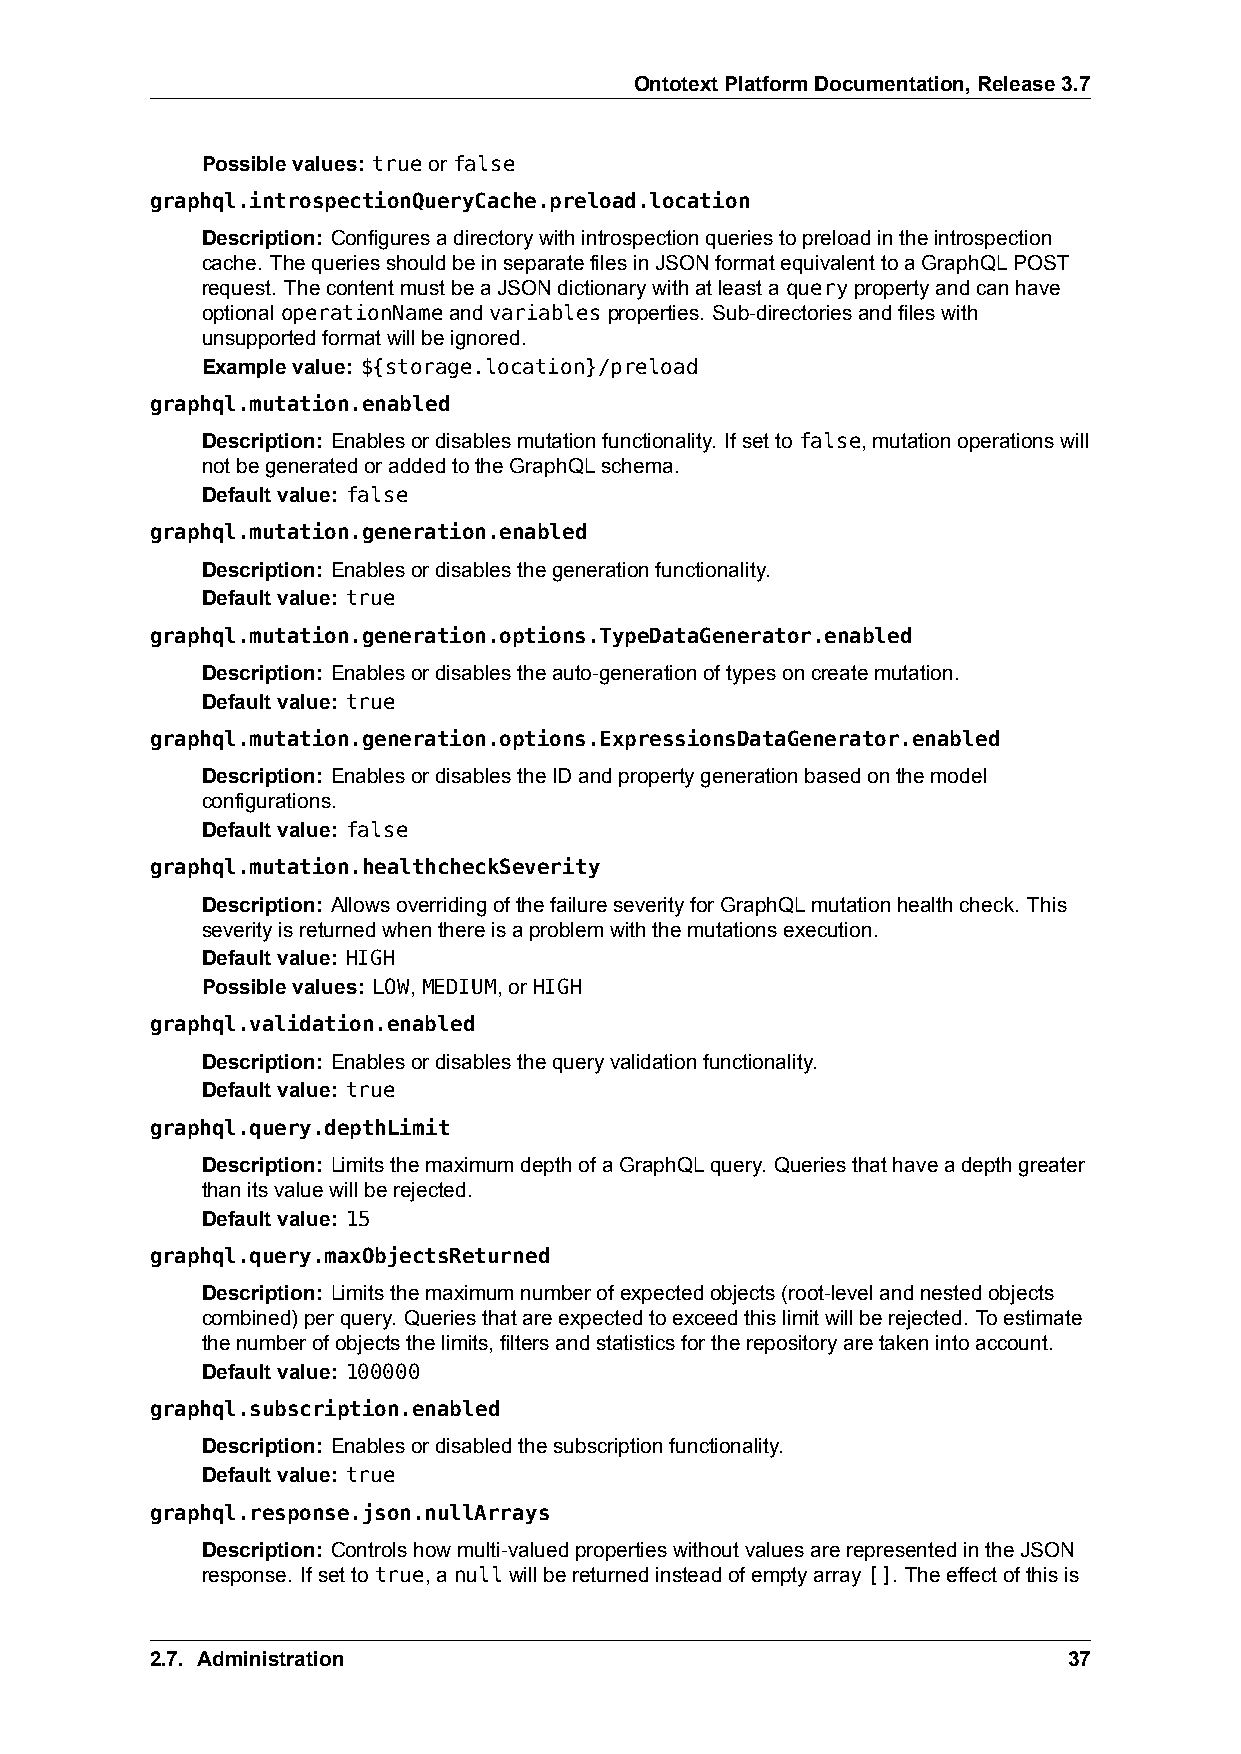
OntotextPlatformDocumentation,Release3.7
 Possiblevalues: trueorfalse
 graphql.introspectionQueryCache.preload.location
 Description: Configuresadirectorywithintrospectionqueriestopreloadintheintrospection
 cache. ThequeriesshouldbeinseparatefilesinJSONformatequivalenttoaGraphQLPOST
 request. ThecontentmustbeaJSONdictionarywithatleastаquerypropertyandcanhave
 optionaloperationNameandvariablesproperties. Sub-directoriesandfileswith
 unsupportedformatwillbeignored.
 Examplevalue: ${storage.location}/preload
 graphql.mutation.enabled
 Description: Enablesordisablesmutationfunctionality. Ifsettofalse,mutationoperationswill
 notbegeneratedoraddedtotheGraphQLschema.
 Defaultvalue: false
 graphql.mutation.generation.enabled
 Description: Enablesordisablesthegenerationfunctionality.
 Defaultvalue: true
 graphql.mutation.generation.options.TypeDataGenerator.enabled
 Description: Enablesordisablestheauto-generationoftypesoncreatemutation.
 Defaultvalue: true
 graphql.mutation.generation.options.ExpressionsDataGenerator.enabled
 Description: EnablesordisablestheIDandpropertygenerationbasedonthemodel
 configurations.
 Defaultvalue: false
 graphql.mutation.healthcheckSeverity
 Description: AllowsoverridingofthefailureseverityforGraphQLmutationhealthcheck. This
 severityisreturnedwhenthereisaproblemwiththemutationsexecution.
 Defaultvalue: HIGH
 Possiblevalues: LOW,MEDIUM,orHIGH
 graphql.validation.enabled
 Description: Enablesordisablesthequeryvalidationfunctionality.
 Defaultvalue: true
 graphql.query.depthLimit
 Description: LimitsthemaximumdepthofaGraphQLquery. Queriesthathaveadepthgreater
 thanitsvaluewillberejected.
 Defaultvalue: 15
 graphql.query.maxObjectsReturned
 Description: Limitsthemaximumnumberofexpectedobjects(root-levelandnestedobjects
 combined)perquery. Queriesthatareexpectedtoexceedthislimitwillberejected. Toestimate
 thenumberofobjectsthelimits,filtersandstatisticsfortherepositoryaretakenintoaccount.
 Defaultvalue: 100000
 graphql.subscription.enabled
 Description: Enablesordisabledthesubscriptionfunctionality.
 Defaultvalue: true
 graphql.response.json.nullArrays
 Description: Controlshowmulti-valuedpropertieswithoutvaluesarerepresentedintheJSON
 response. Ifsettotrue,anullwillbereturnedinsteadofemptyarray[]. Theeffectofthisis
 2.7. Administration                                          37